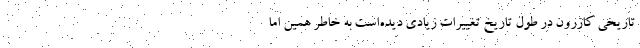
تاریخی کازرون در طول تاریخ تغییرات زیادی دیده‌است به خاطر همین اما